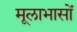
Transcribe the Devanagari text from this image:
मूलाभासों